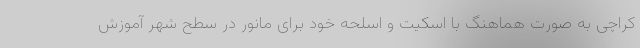
کراچی به صورت هماهنگ با اسکیت و اسلحه خود برای مانور در سطح شهر آموزش